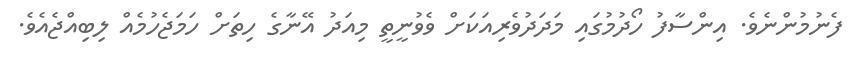
ފެނުމުންނެވެ. އިންސާފު ހޯދުމުގައި މަދަދުވެރިއަކަށް ވެވުނީތީ މިއަދު އޭނާގެ ހިތަށް ހަމަޖެހުމެއް ލިބިއްޖެއެވެ.